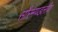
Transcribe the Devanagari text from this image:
सौरमण्डलीय